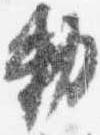
勅